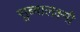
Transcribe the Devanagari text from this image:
सुब्बालक्ष्मी